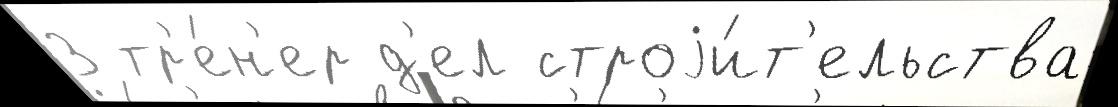
З тр'е́н'ер д'ел строjи́т'ельства